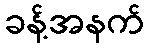
ခန့်အနက်